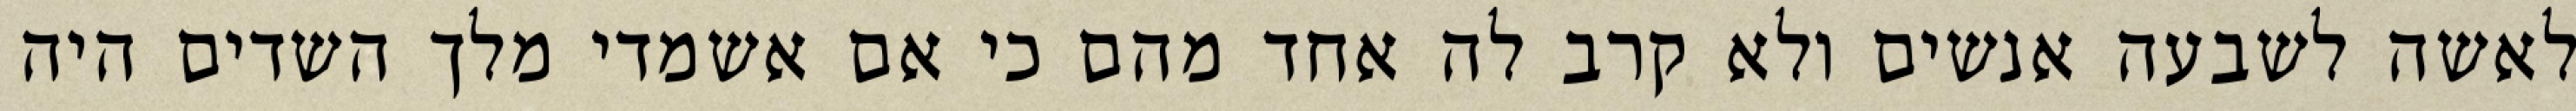
לאשה לשבעה אנשים ולא קרב לה אחד מהם כי אם אשמדי‏ מלך השדים היה